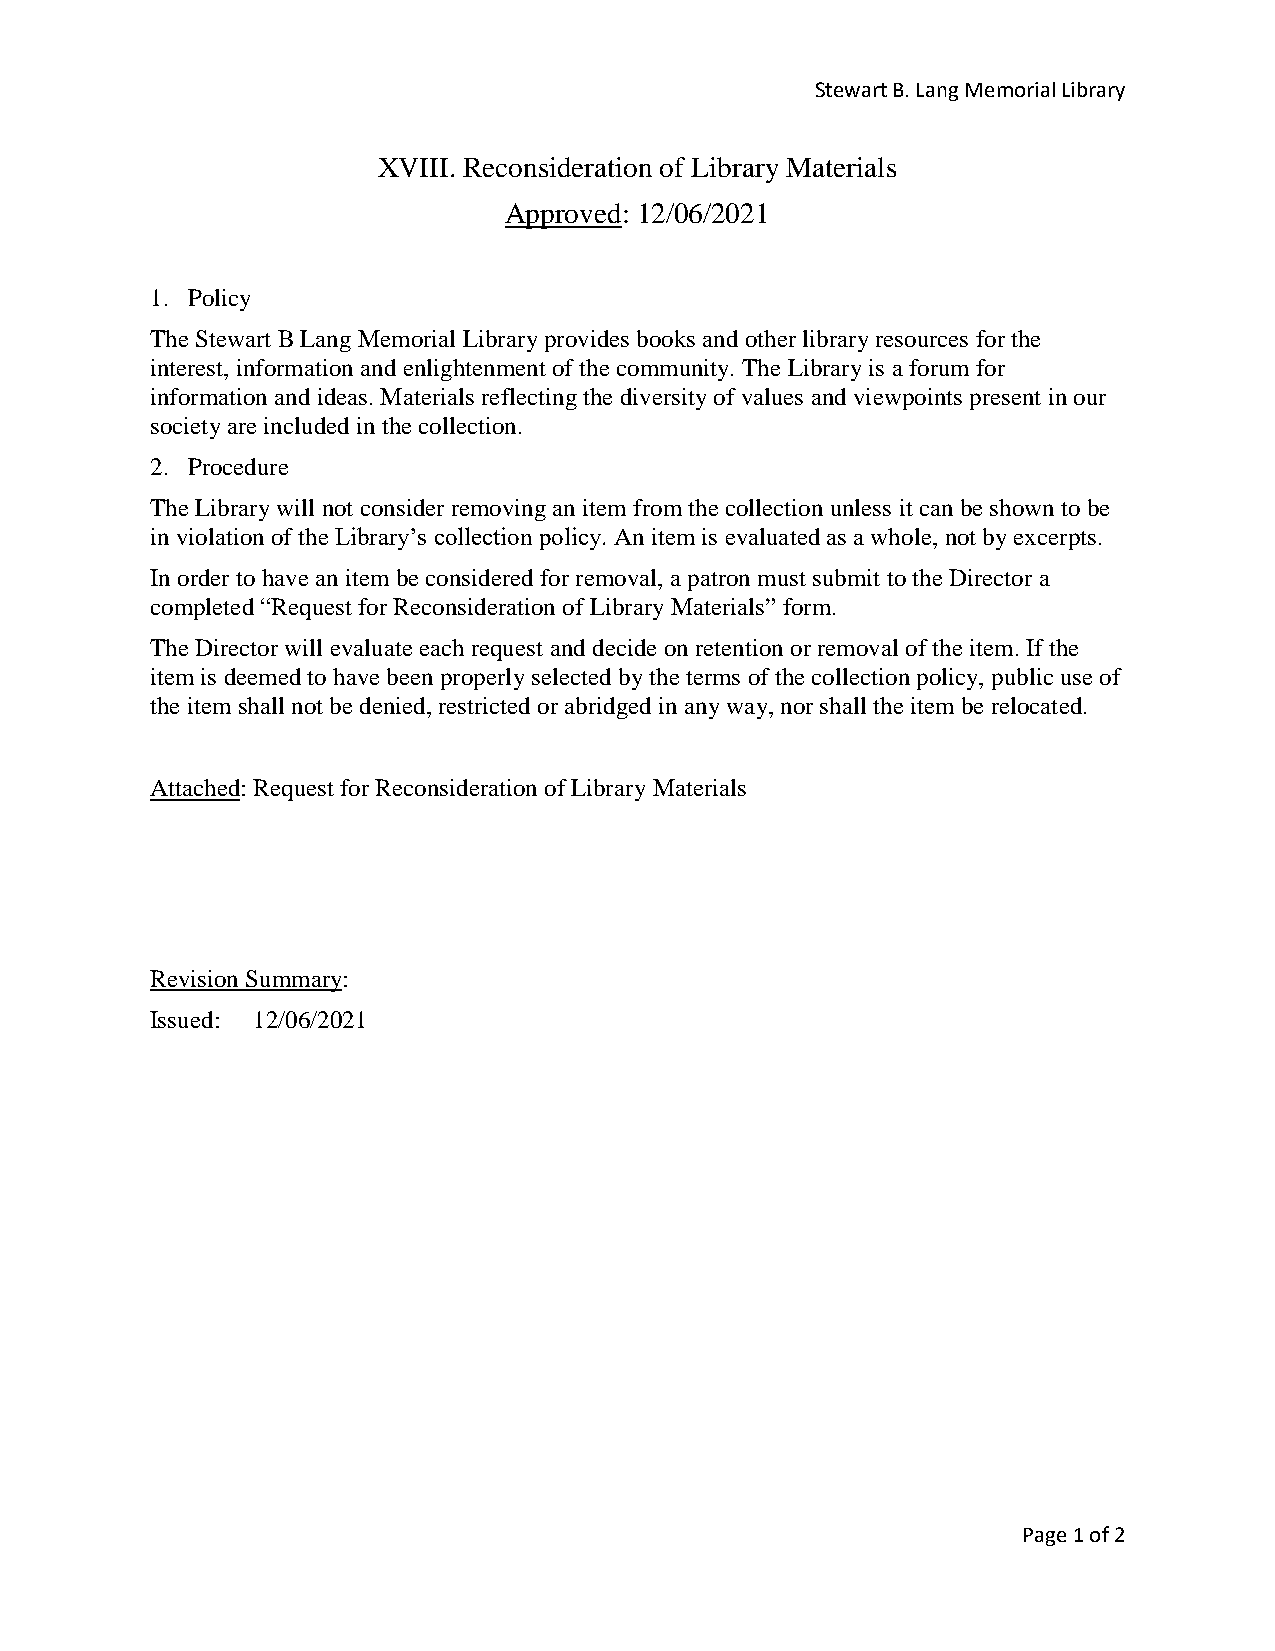
Stewart B. Lang Memorial Library
 XVIII. Reconsideration of Library Materials
 Approved: 12/06/2021
 1. Policy
 The Stewart B Lang Memorial Library provides books and other library resources for the
 interest, information and enlightenment of the community. The Library is a forum for
 information and ideas. Materials reflecting the diversity of values and viewpoints present in our
 society are included in the collection.
 2. Procedure
 The Library will not consider removing an item from the collection unless it can be shown to be
 in violation of the Library’s collection policy. An item is evaluated as a whole, not by excerpts.
 In order to have an item be considered for removal, a patron must submit to the Director a
 completed “Request for Reconsideration of Library Materials” form.
 The Director will evaluate each request and decide on retention or removal of the item. If the
 item is deemed to have been properly selected by the terms of the collection policy, public use of
 the item shall not be denied, restricted or abridged in any way, nor shall the item be relocated.
 Attached: Request for Reconsideration of Library Materials
 Revision Summary:
 Issued: 12/06/2021
 Page 1 of 2